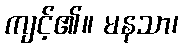
ကျင့်၏။ မနသာ၊